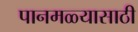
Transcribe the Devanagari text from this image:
पानमळ्यासाठी